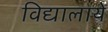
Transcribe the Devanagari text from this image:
विद्यालायें